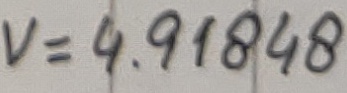
Text: V=4.91848